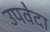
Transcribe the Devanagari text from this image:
उपवेदा